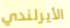
الأيرلندي